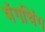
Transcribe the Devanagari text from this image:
षंगचिंग